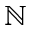
\mathbb { N }